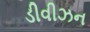
ડીવીઝન